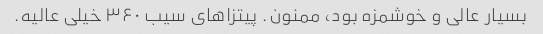
بسیار عالی و خوشمزه بود، ممنون. پیتزاهای سیب ۳۶۰ خیلی عالیه.